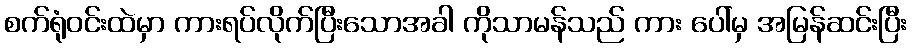
စက်ရုံဝင်းထဲမှာ ကားရပ်လိုက်ပြီးသောအခါ ကိုသာမန်သည် ကား ပေါ်မှ အမြန်ဆင်းပြီး